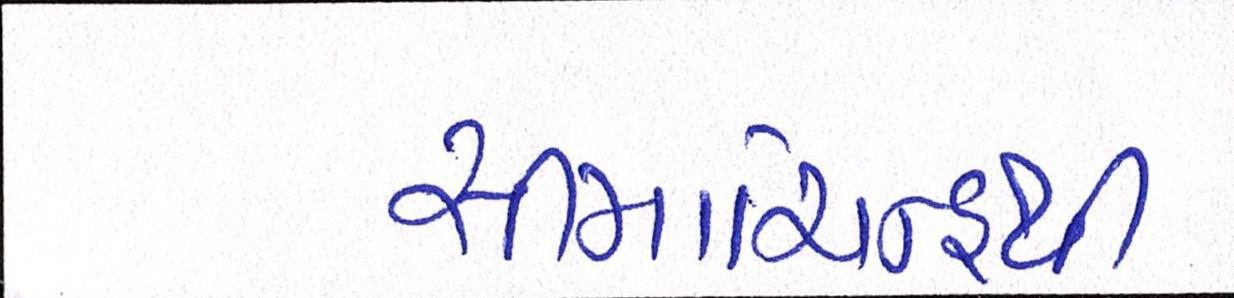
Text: સીમાચિન્હથી